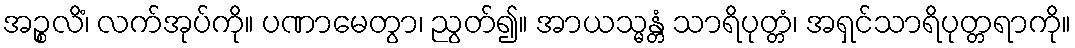
အဉ္စလိံ၊ လက်အုပ်ကို။ ပဏာမေတွာ၊ ညွတ်၍။ အာယသ္မန္တံ သာရိပုတ္တံ၊ အရှင်သာရိပုတ္တရာကို။